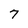
Character: 7